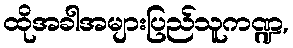
ထိုအခါအများပြည်သူကဏ္ဍ,